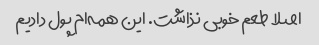
اصلا طعم خوبی نذاشت. این همه‌ام پول دادیم